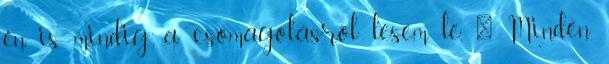
én is mindig a csomagolásról lesem le. 🙂 Minden